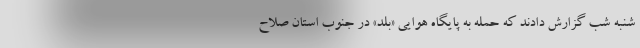
شنبه شب گزارش دادند که حمله به پایگاه هوایی «بلد» در جنوب استان صلاح